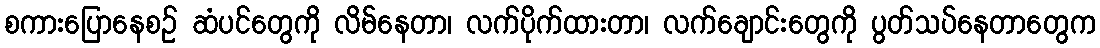
စကားပြောနေစဉ် ဆံပင်တွေကို လိမ်နေတာ၊ လက်ပိုက်ထားတာ၊ လက်ချောင်းတွေကို ပွတ်သပ်နေတာတွေက